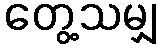
တွေ့သမျှ